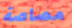
مصاصة